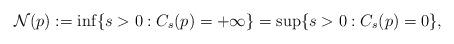
LaTeX: \begin{align*} \mathcal N(p) := \inf\{s > 0 : C_s(p) = +\infty\} = \sup\{s > 0 : C_s(p) = 0\}, \end{align*}